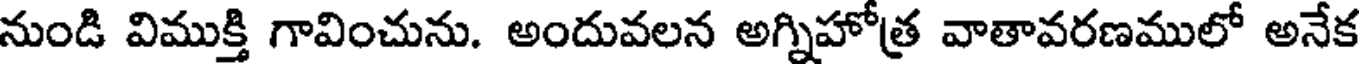
నుండి విముక్తి గావించును. అందువలన అగ్నిహోత్ర వాతావరణములో అనేక